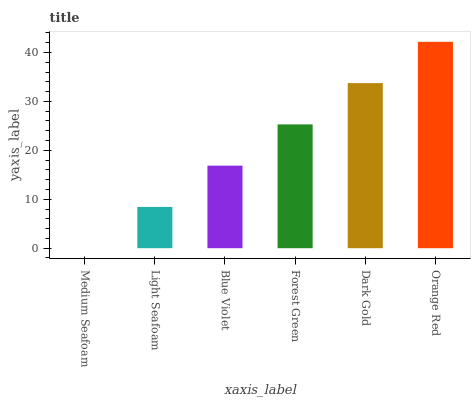
| xaxis_label | bars |
 | --- | --- |
 | Medium Seafoam | 0 |
 | Light Seafoam | 8.43 |
 | Blue Violet | 16.9 |
 | Forest Green | 25.3 |
 | Dark Gold | 33.7 |
 | Orange Red | 42.2 |